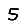
Digit: 5